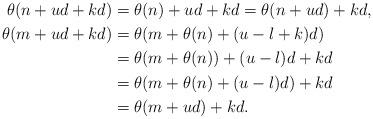
LaTeX: \begin{align*}\theta(n+ud+kd)&=\theta(n)+ud+kd=\theta(n+ud)+kd,\cr\theta(m+ud+kd)&=\theta(m+\theta(n)+(u-l+k)d)\cr&=\theta(m+\theta(n))+(u-l)d+kd\cr&=\theta(m+\theta(n)+(u-l)d)+kd\cr&=\theta(m+ud)+kd.\end{align*}